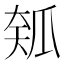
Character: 𱰅